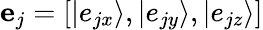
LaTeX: {{\mathbf{e}}_{j}}=[\left|{{e_{jx}}}\right\rangle,\left|{{e_{jy}}}\right\rangle,\left|{{e_{jz}}}\right\rangle]